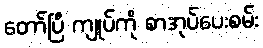
တော်ပြီ ကျုပ်ကို စာအုပ်ပေးစမ်း